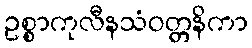
ဥစ္စာကုလီနသံဝတ္တနိကာ